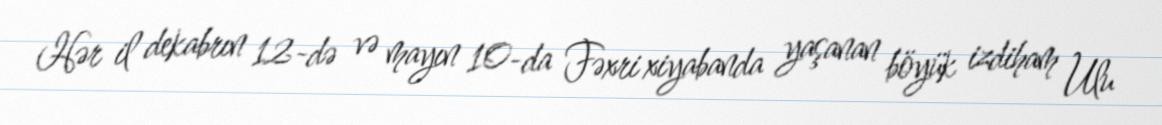
Hər il dekabrın 12-də və mayın 10-da Fəxri xiyabanda yaşanan böyük izdiham Ulu